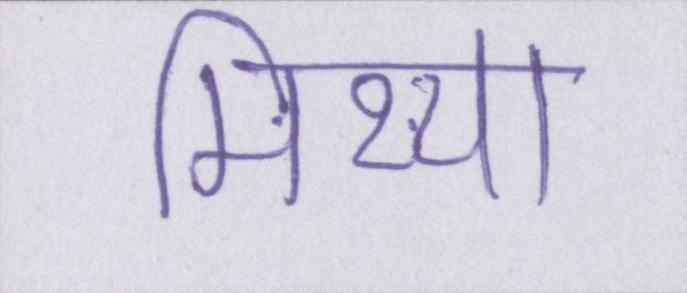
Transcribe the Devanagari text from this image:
मिथ्या